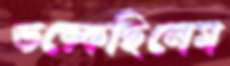
ভড়্‌কেছিলেম